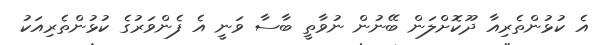
އެ ކުޅުންތެރިއާ ދޫކޮށްލަން ބޭނުން ނުވާތީ ބާސާ ވަނީ އެ ފެންވަރުގެ ކުޅުންތެރިއަކު